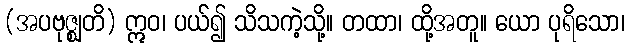
(အပဗုဇ္ဈတိ) ဣဝ၊ ပယ်၍ သိသကဲ့သို့။ တထာ၊ ထို့အတူ။ ယော ပုရိသော၊